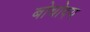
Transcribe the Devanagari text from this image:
बोधोदय